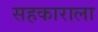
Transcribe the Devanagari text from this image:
सहकाराला